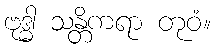
ဗုဒ္ဓါ သန္တိကရာ တုဝံ။